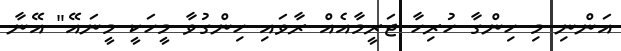
އަންނި މި ހިންގާ ހުރިހާ ޖަރީމާއެއް ރާވައި ހިންގުވާ މީހަކީ މީނައޭ" އޭނާ